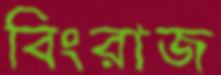
বিংরাজ